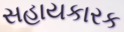
સહાયકારક